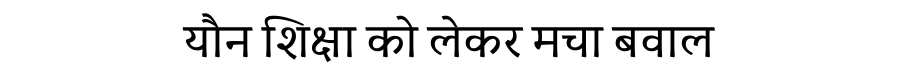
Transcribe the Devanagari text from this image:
यौन शिक्षा को लेकर मचा बवाल